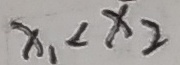
x _ { 1 } < x _ { 2 }